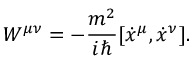
W ^ { \mu \nu } = - { \frac { m ^ { 2 } } { i \hbar } } [ \dot { x } ^ { \mu } , \dot { x } ^ { \nu } ] .